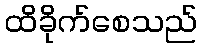
ထိခိုက်စေသည်